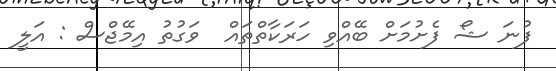
ފުނަ ޝޯ ފެށުމަށް ބޭއްވި ހަރަކާތްތައް  ވަގުތު އިމޭޖްސް : އަލީ